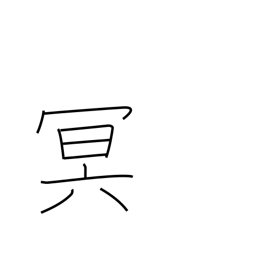
Meaning: dark